Juri_Uluots, lk 32
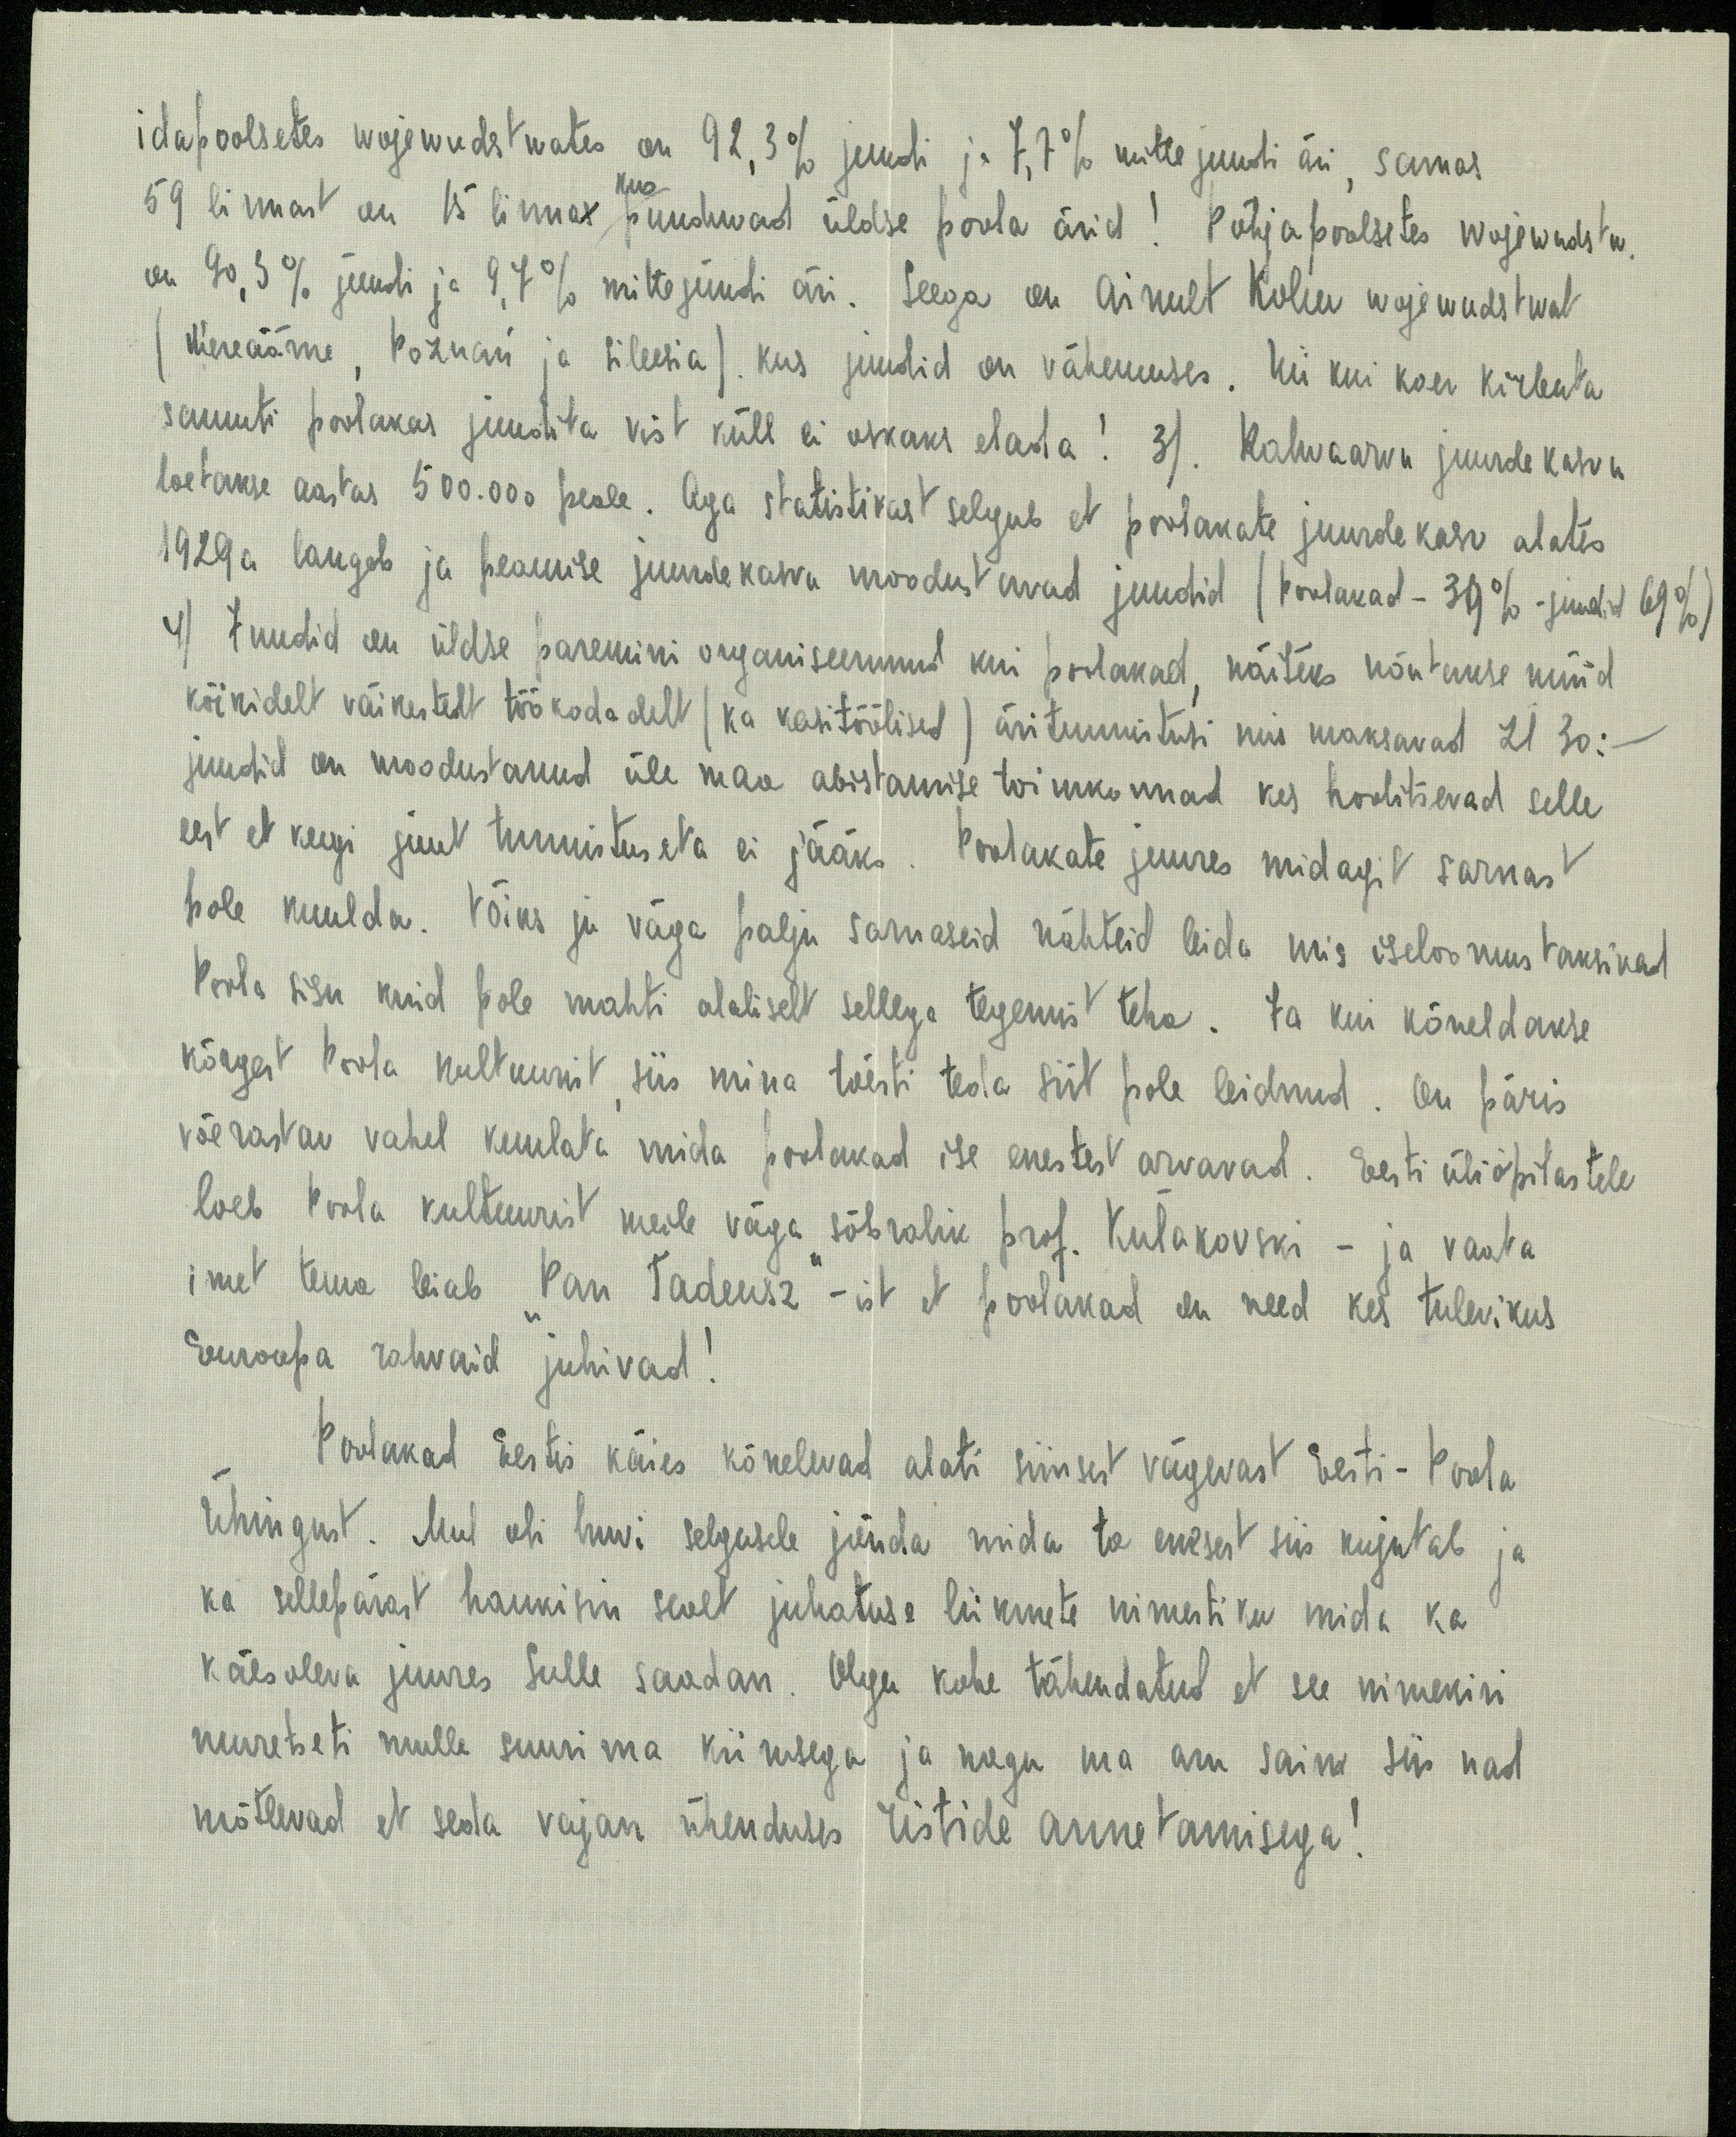
idapoolsetes wojewudstwates on 92,3% juudi ja 7,7% mitte juudi äri, samas
59 linnast on 15 linna kus puuduvad üldse poola ärid! Põhjapoolsetes wojewudstw.
on 90,3% juudi ja 9,7% mitte juudi äri. Seega on ainult kolm wojewudstwat
(Mereäärne, Poznań ja Sileesia). kus juudid on vähemuses. Nii kui koer kirbuta
samuti poolakas juudita vist küll ei oskaks elada! 3). Rahvaarvu juurde kasvu
loetakse aastas 500.000 peale. Aga statistikast selgub et poolakate juurdekasv alates
1929 a. langeb ja peamise juurdekasvu moodustavad juudid (poolakad - 31% - juudid 69%)
4) Juudid on üldse paremini organiseerunud kui poolakad, näiteks nõutakse nüüd
kõikidelt väikestelt töökodadelt (ka kasitöölised) äritunnistusi mis maksavad zl 30:-
juudid on moodustanud üle maa abistamise toimkonnad kes hoolitsevad selle
eest et keegi juut tunnistuseta ei jääks. Poolakate juures midagit sarnast
pole kuulda. Võiks ju väga palju sarnaseid näiteid leida mis iseloomustaksivad
Poola sisu kuid pole mahti alaliselt sellega tegemist teha. Ja kui kõneldakse
kõrgest Poola kultuurist siis mina tõesti teda siit pole leidnud. On päris
võerastav vahel kuulata mida poolakad ise enestest arvavad. Eesti üliõpilastele
loeb Poola kultuurist meile väga sõbralik prof. Kulakovski - ja vaata
imet tema leiab "Pan Tedeusz" - ist et poolakad on need kes tulevikus
Euroopa rahvaid juhivad!
Poolakad Eestis käies kõnelevad alati siinsest vägevast Eesi - Poola
Ühingust. Mul oli huvi selgusele jõuda mida ta enesest siis kujutab ja
ka sellepärast hankisin sealt juhatuse liikmete nimestiku mida ka
käesoleva juures Sulle saadan. Olgu kohe tähendatud et see nimekiri
muretseti mulle suurima kiirusega ja nagu ma aru sain siis nad
mõtlevad et seda vajan ühenduses ristide annetamisega!